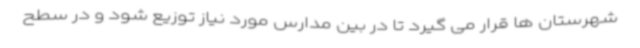
شهرستان ها قرار می گیرد تا در بین مدارس مورد نیاز توزیع شود و در سطح